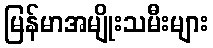
မြန်မာအမျိုးသမီးများ